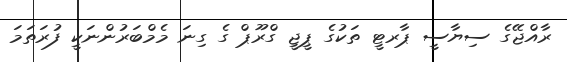
ރާއްޖޭގެ ސިޔާސީ ޕާރޓީ ތަކުގެ ޕީޖީ ގްރޫޕް ގެ ގިނަ މެމްބަރުންނަކީ ފުރަތަމަ